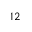
^ { 1 2 }